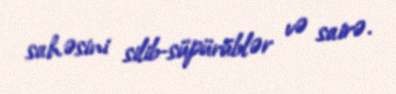
sahəsini silib-süpürüblər və sairə.